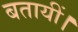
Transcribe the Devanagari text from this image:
बतायीं।